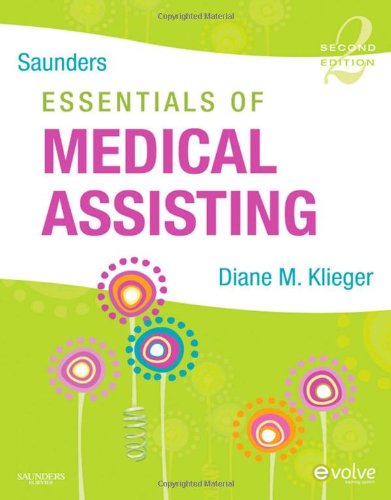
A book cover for Saunders Essentials of Medical Assisting, 2e; Diane M. Klieger RN  MBA  CMA (AAMA); Medical Books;